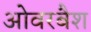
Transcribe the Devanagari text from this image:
ओवरबैश